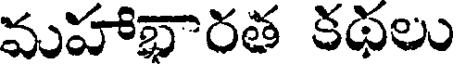
మహాభారత కథలు